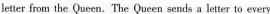
letter from the Queen.The Queen sends a letter to every